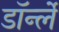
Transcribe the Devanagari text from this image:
डॉर्न्ले